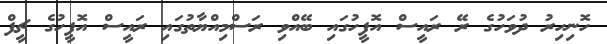
ހޮނިހިރު ދުވަހުގެ ރޭ ރައީސް އޮފީހުގަައި ބޭއްވި ރަސްމިއްޔާތުގައި ރައީސް އޮފީހުގެ ޗީފް